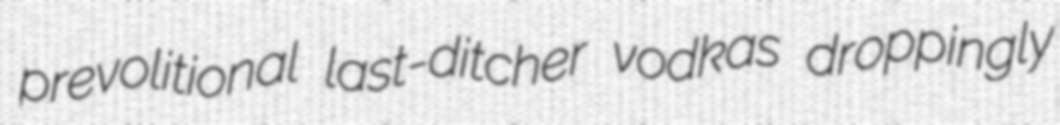
prevolitional last-ditcher vodkas droppingly